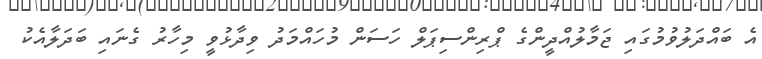
އެ ބައްދަލުވުމުގައި ޖަމާލުއްދީންގެ ޕްރިންސިޕަލް ހަސަން މުހައްމަދު ވިދާޅުވީ މިހާރު ގެނައި ބަދަލާއެކު